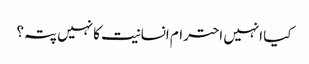
کیا انہیں احترام انسانیت کا نہیں پتہ؟